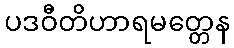
ပဒဝီတိဟာရမတ္တေန